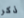
ذكر